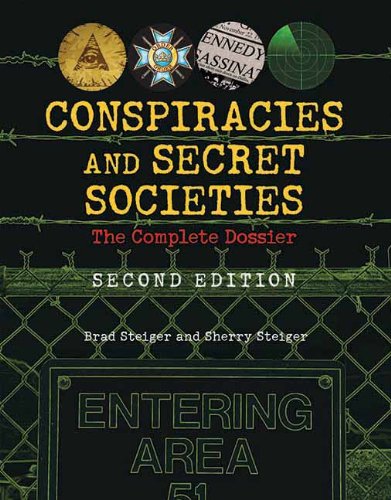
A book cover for Conspiracies and Secret Societies: The Complete Dossier; Brad Steiger; Politics & Social Sciences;